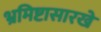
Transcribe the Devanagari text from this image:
भ्रमिष्टासारखे